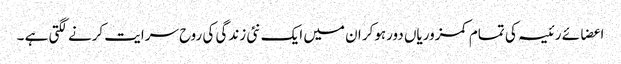
اعضائے رئیسہ کی تمام کمزوریاں دورہوکر ان میں ایک نئی زندگی کی روح سرایت کرنے لگتی ہے ۔